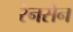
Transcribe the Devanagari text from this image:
रेनसेन